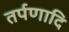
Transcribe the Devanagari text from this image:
तर्पणादि